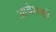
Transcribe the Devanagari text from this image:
आवेशकों